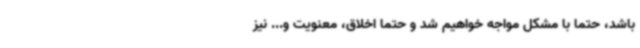
باشد، حتماً با مشکل مواجه خواهیم شد و حتماً اخلاق، معنویت و... نیز